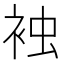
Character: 𧙽